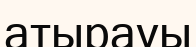
атырауы